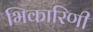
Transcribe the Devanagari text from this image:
भिकारिणी